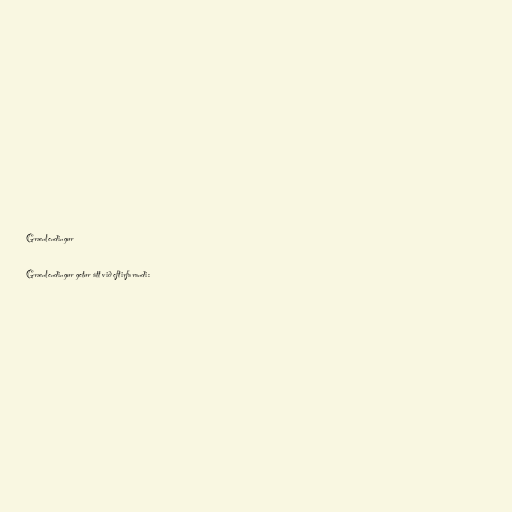
Grænlendingur

Grænlendingur getur átt við eftirfarandi: